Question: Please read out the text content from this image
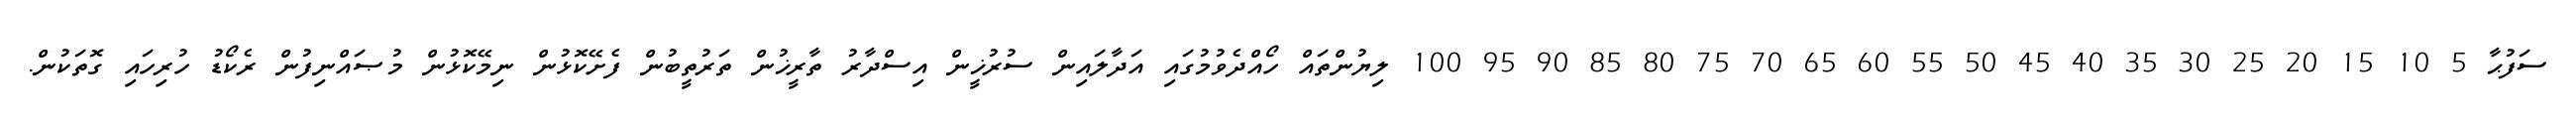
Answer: ސަފުޙާ 5 10 15 20 25 30 35 40 45 50 55 60 65 70 75 80 85 90 95 100 ލިޔުންތައް ހޯއްދެވުމުގައި އަދާލައިން ސުރުޚީން އިސްދާރު ތާރީޚުން ތަރުތީބުން ފެށޭކޮޅުން ނިމޭކޮޅުން މުޞައްނިފުން ރެކޯޑު ހުރިހައި ގޮތަކުން.